Bombay plague: being a history of the progress of plague in the Bombay presidency from September 1896 to June 1899
Year: 1896
Disease focus: Plague
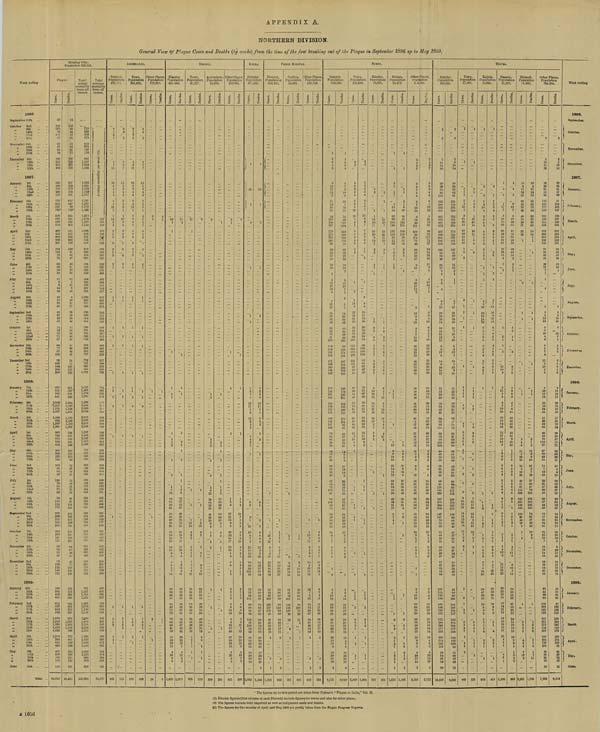
APPENDIX A.
NORTHERN DIVISION.
General View of Plague Cases and Deaths (by weeks) from the time of the first breaking out of the Plague in September 1896 up to May 1899.
Week ending
1896
September 25th
October 2nd
"
9th
"
16th
" 23rd
" 30th
November 6th
"
13th
"
20th
"
27th
December 4th
"
11th
"
18th
"
25th
1897.
January 1st
"
8th
" 15th
"
22nd
"
29th
February 5th
"
12th
"
19th
"
26th
March
5th
"
12th
"
19th
"
26th
April
2nd
" 9th
"
16th
" 23rd
"
30th
May
7th
"
14th
"
21st
"
28th
June
4th
" 11th
"
18th
"
25th
July
2nd
"
9th
"
16th
"
23rd
"
30th
August
6th
"
13th
"
20th
"
27th
September
3rd
"
10th
"
17th
"
24th
October
1st
" 8th
"
15th
"
22nd
"
29th
November 5th
"
12th
"
19th
"
26th
December 3rd
"
10th
"
17th
"
24th
"
31st
1898.
January 7th
"
14th
"
21st
"
28th
February 4th
"
11th
"
18th
"
25th
March
4th
" 11th
"
18th
"
25th
April
1st
"
8th
"
15th
"
29th
May
6th
"
13th
"
20th
" 27th
June
3rd
"
10th
" 17th
"
24th
July
1st
"
8th
"
15th
"
22nd
"
29th
August
5th
" 12th
"
19th
"
26th
September 2nd
"
9th
"
16th
"
30th
October
7th
"
14th
" 21st
"
28th
November 4th
"
11th
"
18th
"
25th
December 2nd
"
9th
"
16th
"
23rd
"
30th
1899.
January 6th
"
13th
"
20th
" 27th
February 3rd
"
10th
"
17th
"
24th
March
3rd
" 10th
"
17th
" 24th
"
31st
April
7th
"
14th
"
21st
" 28th
May
5th
" 12th
"
19th
"
26th
June
2nd
Total
Bombay City.
Population 806,144.
Plague.
Cases.
37
145
121
59
101
67
69
67
84
92
149
303
403
536
489
578
469
579
730
813
847
765*
676
648
474
499
445
362
266
227
161
109
79
75
60
59
53
28
17
6
8
14
24
19
12
23
40
43
37
43
58
71
54
72
71
67
64
77
87
103
99
103
164
206
296
375
551
765
841
1,096
1,217
1,201
1,077
1,248
924
1,247
1,065
965
738
678
568
454
306
209
133
168
103
81
98
47
126
79
60
75
82
76
116
114
175
228
209
215
255
268
290
161
111
96
76
51
47
59
119
119
147
151
198
284
432
631
611
837
842
942
1,078
1,242
1,338
1,429
1,033
1,015
754
622
493
407
398
260
176
118
55,016
Deaths.
14
103
86
44
63
64
62
54
61
75
107
224
295
357
326
373
493
401
617
847
89
730*
635
521
455
481
368
363
262
169
128
81
55
47
42
21
22
22
12
3
11
9
16
8
10
21
17
29
26
35
46
52
38
35
48
44
41
60
45
79
78
71
137
172
225
357
557
761
840
1,004
1,220
1,136
1,104
1,173
1,149
1,228
1,163
799
616
543
550
343
202
110
113
89
72
25
26
25
52
43
51
73
70
66
95
118
165
161
169
158
120
194
241
211
120
104
66
62
46
34
47
75
106
113
146
162
259
368
509
543
667
712
891
972
1,092
1,068
1,120
899
775
601
513
349
334
335
231
145
101
46,431
Total
actual
mortality
from all
causes.
715
596
655
675
655
676
707
799
837
1,197
1,566
1,852
1,666
1,729
1,740
1,577
1,797
1,835
1,772
1,525
1,370
1,276
1,111
1,099
983
934
745
683
610
543
513
530
535
553
530
520
534
590
609
687
935
1,038
933
977
848
796
840
914
854
760
781
762
792
746
703
699
691
707
702
717
818
888
1,001
1,118
1,423
1,706
1,726
1,999
2,140
2,046
2,059
2,088
2,105
2,333
2,144
1,707
1,404
1,245
1,009
803
672
595
630
566
518
464
463
485
483
512
564
625
624
693
730
811
819
874
799
960
983
955
737
695
661
622
602
589
656
694
719
775
812
981
1,157
1,314
1,523
1,622
1,734
1,746
2,148
2,309
2,412
2,316
2,356
2,257
1,826
1,635
1,436
1,142
1,088
1,135
968
829
638
147,981
Total
average
mortality
from all
causes.
Average mortality per week 555.
553
506
509
520
589
589
615
629
594
580
595
557
529
523
472
463
493
494
516
542
577
575
552
588
575
554
511
522
540
548
534
497
516
493
485
501
505
522
517
588
633
676
765
722
502
520
512
520
574
559
528
542
548
534
540
546
582
588
614
625
592
610
598
552
539
519
484
462
489
493
516
535
581
562
561
586
586
551
496
510
510
490
495
462
458
442
462
483
450
454
461
474
474
476
499
488
521
517
526
565
566
533
542
545
543
530
550
566
599
612
631
581
615
594
556
551
75,527
AHMaDABAD.
District.
Population
921,712.
Cases.
6
1
2
3
4
13
18
8
4
5
4
5
1
13
3
8
12
2
2
3
1
4
3
3
1
3
2
1
1
1
1
1
1
1
1
2
2
2
1
1
1
3
5
3
1
1
1
169
Deaths.
3
2
2
2
4
7
13
5
3
4
2
3
1
5
1
5
10
1
3
1
3
3
2
2
2
1
1
1
1
1
1
1
2
1
2
1
1
2
4
2
1
1
115
Town.
Population
148,412.
Cases.
6
1
2
3
4
13
18
8
4
5
4
5
1
13
3
2
9
2
3
1
4
3
3
1
3
2
1
1
1
1
1
1
1
1
1
2
2
1
1
1
5
3
1
1
155
Deaths.
3
2
2
2
4
7
13
5
3
4
2
3
1
5
1
2
7
2
1
3
1
3
2
2
2
1
1
1
1
1
1
1
1
1
2
1
1
1
3
2
1
1
106
Other Places
Population
773,300.
Cases.
6
3
1
1
2
1
14
Deaths.
3
3
1
1
1
9
District.
Population
341,490.
Cases.
16
1
1
1
1
1
1
1
1
3
2
1
2
1
7
12
16
64
38
51
58
65
39
25
21
21
18
16
18
14
14
6
6
4
8
8
24
29
38
46
53
54
42
75
73
73
44
58
41
58
41
28
26
11
4
26
9
3
1,425
Deaths.
11
1
1
1
1
1
1
1
1
1
1
2
8
12
37
32
37
48
43
31
15
20
15
15
9
11
11
10
4
5
1
6
11
6
21
25
33
36
45
39
32
61
64
54
40
47
23
34
33
25
13
7
4
13
8
3
1,073
BROACH.
Town.
Population
40,137.
Cases.
11
1
1
1
1
10
10
4
2
1
2
2
1
2
1
2
8
6
22
25
36
45
50
52
33
59
57
68
35
36
23
18
4
2
1
1
1
1
635
Deaths.
9
1
1
1
3
10
3
2
2
2
1
2
8
5
19
22
31
35
43
38
26
52
50
49
34
30
21
13
5
3
1
1
1
524
Ankleshvar.
Population
10,692.
Cases.
3
1
1
1
3
2
1
2
6
12
15
61
35
51
41
54
25
9
5
1
3
1
2
1
1
1
339
Deaths.
1
1
1
1
1
1
1
1
8
11
35
29
37
37
36
21
6
5
3
5
1
1
1
1
1
250
Other Places.
Population
290,661.
Cases.
2
1
1
1
1
1
3
2
17
11
13
6
6
16
13
15
17
10
12
5
4
3
6
1
2
3
2
1
3
2
8
16
16
5
9
22
17
40
37
26
25
10
3
26
8
3
451
Deaths.
2
1
1
1
1
2
2
11
7
9
6
6
9
8
9
10
8
9
2
4
1
4
3
1
2
2
2
1
2
1
6
8
14
5
6
17
1
21
28
22
13
6
3
13
7
3
299
KAIRA.
District.
Population
871,589.
Cases.
1
2
1
1
1
1
2
4
8
13
11
1
2
13
3
2
3
1
4
2
1
1
3
2
3
1
11
10
8
7
4
15
10
16
29
70
44
83
125
51
73
72
64
111
80
88
88
92
83
105
84
83
84
55
53
14
2,082
Deaths.
10
2
1
1
2
4
8
13
11
1
2
2
3
2
1
2
2
1
2
7
9
8
6
4
12
9
9
24
51
44
53
59
87
74
64
57
81
74
75
76
57
39
48
10
2
1,599
PANCH MAHA'LS.
District.
Population
313,417.
Cases.
1
1
13
9
15
6
6
13
16
13
48
43
53
52
62
129
122
137
95
30
16
2
1
1,213
Deaths.
1
1
7
7
8
5
7
11
12
37
27
34
36
52
79
92
119
98
62
17
17
11
3
862
Godhra.
Population
14,691.
Cases.
1
1
1
8
3
28
41
107
125
28
761
Deaths.
1
1
6
2
19
26
29
64
79
108
78
22
1
538
Other Places.
Population
298,726.
Cases.
1
1
12
8
15
6
1
6
5
13
3
21
14
15
12
7
3
22
16
12
34
67
25
30
16
1
1
452
Deaths.
1
1
6
6
8
5
2
7
5
10
5
15
12
8
8
7
2
15
13
11
20
40
39
23
17
17
10
5
3
324
SURAT.
District.
Population
649,989.
Cases.
1
2
6
5
8
6
10
11
12
9
11
14
30
83
84
150
186
267
270
273
269
120
80
49
29
27
18
10
18
1
5
27
17
12
4
1
11
12
35
30
45
56
35
53
79
81
208
154
308
244
151
171
166
165
125
162
170
136
161
146
165
164
175
191
196
137
107
103
76
65
61
19
25
19
12
21
28
29
16
20
22
52
65
72
106
97
84
106
68
74
53
59
30
15
15
24
9
1
7
4
7
4
2
2
13
18
22
70
39
21
31
34
29
15
22
10
12
9
10
30
19
4
8,121
Deaths.
1
2
5
5
8
4
7
9
10
8
10
7
19
51
75
89
157
204
216
202
203
116
56
37
28
20
19
12
10
2
1
11
13
7
1
2
5
5
14
26
26
42
40
20
39
66
105
95
159
174
124
107
141
116
107
143
118
126
121
132
125
143
91
67
40
23
17
14
6
8
9
21
10
14
8
33
43
75
85
57
73
57
52
31
56
23
18
10
17
9
1
3
3
4
2
1
2
10
33
37
19
21
17
14
18
4
8
15
4
6,019
Town.
Population
108,693.
Cases.
2
2
2
3
3
4
3
6
5
12
13
8
3
1
8
6
6
4
9
2
1
1
2
1
11
9
22
22
35
35
25
48
78
64
165
113
292
216
122
131
101
87
59
85
87
64
64
47
69
72
61
92
95
51
44
41
12
6
18
6
4
2
1
2
l
1
2
1
1
2
1
1
2
2
3
2
1
1
2,699
Deaths.
1
1
2
3
4
2
1
7
13
5
1
5
5
6
4
3
1
1
1
2
5
4
10
17
16
26
29
22
38
56
83
69
143
149
102
82
84
62
47
53
72
51
47
40
58
45
55
70
80
63
43
31
18
11
10
6
2
1
1
1
1
1
1
1
1
1
2
2
2
2
1
1
1
1,904
Ránder.
Population
10,921.
Cases.
1
3
1
1
14
10
11
25
26
8
14
2
2
2
1
1
1
1
3
6
2
4
5
2
2
5
7
4
3
2
6
7
5
13
10
12
15
11
21
29
10
15
5
7
7
8
2
1
1
355
Deaths.
1
1
14
10
7
16
24
11
10
3
3
1
1
4
5
2
3
4
2
1
6
3
4
1
6
5
6
9
7
10
9
9
16
22
16
9
2
11
3
1
1
301
Bulsár.
Population
14,472.
Cases.
1
1
1
1
1
1
1
15
54
62
89
128
144
137
143
84
31
26
7
9
2
1
1
2
1
1
1
1
10
6
9
19
19
23
14
19
12
33
31
58
60
50
46
62
21
17
8
7
4
1
1
1
6
1
7
1
1
1,512
Deaths.
1
1
1
1
1
1
6
30
54
49
124
115
109
102
69
31
24
9
5
5
4
5
3
6
6
15
6
14
6
17
20
38
46
43
28
41
21
4
7
6
1
1
1
3
1
1
6
1
1
1,102
Other Places.
Population
5.5,903.
Cases.
2
4
3
7
3
6
7
5
4
8
7
10
16
8
39
45
111
100
98
171
71
43
38
17
25
17
8
15
5
26
17
12
2
3
13
8
9
18
4
3
1
13
38
39
14
23
22
36
62
76
60
70
78
58
86
86
81
81
93
70
91
55
57
51
41
12
11
11
3
2
9
6
2
10
18
34
12
45
46
38
44
46
54
45
51
25
14
15
24
9
1
7
4
5
5
4
1
1
2
4
11
15
22
68
39
20
36
28
26
26
15
19
9
8
2
26
18
3
8,555
Deaths.
2
4
3
7
3
5
6
4
4
6
5
10
13
8
21
19
81
86
71
117
71
27
24
19
15
18
11
9
1
1
10
13
7
1
1
4
9
6
12
6
1
1
7
18
24
15
19
19
21
56
45
63
49
65
58
72
71
65
71
54
51
79
62
46
51
43
45
27
16
11
9
3
2
3
6
4
1
15
23
11
28
41
29
32
36
47
24
50
22
16
10
17
8
1
3
3
4
3
2
2
2
8
13
31
37
18
26
18
16
16
14
16
4
5
2
8
22
12
15
3
2,712
THA'NA.
District.
Population
819,580.
Cases.
2
2
2
14
11
20
50
49
78
80
113
152
206
305
307
265
309
301
373
437
369
301
281
195
154
84
85
40
21
17
8
4
2
3
4
6
5
22
29
19
28
24
18
10
21
12
13
8
3
13
6
14
6
28
14
17
11
33
24
25
36
24
40
41
64
52
49
114
69
74
88
138
103
84
45
73
52
38
21
26
45
85
91
126
160
233
287
378
250
224
147
127
76
71
50
52
40
29
11
29
39
29
27
17
47
33
44
84
105
114
133
144
166
186
193
171
175
284
299
177
238
205
214
135
112
58
84
54
30
12,490
Deaths.
2
2
2
6
10
14
40
38
58
62
81
124
150
261
253
234
263
269
305
373
314
231
221
135
142
61
69
26
14
12
6
1
1
1
3
7
17
21
10
24
21
10
7
16
9
10
6
3
13
2
10
7
19
9
13
11
21
21
16
27
29
27
33
42
88
51
47
69
96
89
69
38
52
49
32
14
14
34
64
64
117
152
188
274
193
172
106
96
68
48
45
47
37
34
11
19
27
34
22
16
32
53
91
89
99
125
144
143
165
127
259
157
208
160
183
84
44
21
9,929
Town.
Population
17,455.
Cases.
1
1
1
1
2
5
25
3
21
12
28
16
11
11
11
1
4
2
2
1
1
1
1
1
1
1
1
2
2
7
9
5
3
1
1
1
1
1
3
1
9
8
35
22
25
14
13
12
16
13
7
6
2
6
1
1
2
1
3
3
5
4
4
7
1
1
1
2
489
Deaths.
1
1
2
1
1
3
9
1
1
10
25
14
16
12
7
8
5
2
1
1
1
1
1
1
1
1
1
2
1
4
3
3
1
3
1
1
1
2
1
5
7
19
17
19
12
11
8
11
15
12
7
9
1
7
1
2
2
3
4
3
5
1
1
1
1
335
Kalyán.
Population
11,685.
Cases.
1
2
2
1
4
16
6
3
4
5
4
4
3
6
2
4
3
1
2
1
2
1
4
5
16
19
15
14
12
7
5
5
6
6
3
2
4
2
3
1
4
2
1
1
1
1
1
3
1
1
2
3
7
4
1
7
6
3
3
1
7
6
12
29
39
47
29
23
19
8
8
2
1
3
2
1
4
2
2
1
1
506
Deaths.
1
October.
2
1
1
5
8
4
3
5
3
2
2
4
4
1
3
2
1
1
1
2
7
14
14
8
13
11
4
5
4
5
5
4
1
5
2
2
1
3
1
1
1
1
1
2
1
1
1
3
1
6
3
1
6
3
5
1
1
5
7
12
20
30
39
25
21
19
8
7
3
3
1
4
2
2
1
l
414
Bassein.
Population
11,291.
Cases.
1
4
6
2
17
7
8
24
64
30
44
50
81
37
55
23
14
4
2
5
2
1
1
2
11
10
8
5
11
5
5
6
7
10
20
23
16
14
43
12
17
12
14
9
1
2
8
9
6
5
4
4
8
4
2
6
4
4
4
1
2
6
3
1
1
3
1
1
1
4
12
6
11
11
11
22
23
23
15
21
30
14
21
12
12
16
18
13
15
12
4
4
1
4
3
1
1,198
Deaths.
1
4
2
3
12
7
4
16
54
17
32
35
56
28
54
13
14
2
2
1
1
1
2
1
1
2
9
7
6
5
8
6
3
4
7
6
14
15
16
12
30
13
14
8
11
10
1
1
7
8
6
4
3
3
5
4
3
4
4
2
5
1
5
3
1
2
1
2
1
1
1
2
11
6
6
10
7
15
18
19
13
22
27
13
20
12
12
14
19
12
15
10
2
4
1
1
3
3
2
965
Bhiwndi.
Population
14,387.
Cases.
10
9
11
26
23
36
42
70
43
40
74
29
37
22
13
1
3
1
1
1
1
3
9
6
15
3
22
20
18
8
10
23
48
51
67
115
209
243
301
182
155
108
93
42
19
8
8
1
2
1
3
2
3
5
4
3
4
7
12
9
2,335
Deaths.
10
3
11
14
15
31
35
72
44
38
65
29
32
18
10
1
1
1
1
1
1
1
1
3
7
4
12
3
9
19
11
5
7
16
37
30
47
76
132
156
216
142
113
72
68
37
10
13
10
2
2
1
1
3
2
6
3
1
3
8
7
11
1,741
Other Places.
Population
764,834.
Cases.
2
2
13
11
20
39
38
61
53
82
113
153
177
249
211
186
214
256
353
293
234
186
143
95
56
69
33
19
16
7
2
1
4
5
8
4
12
12
5
5
16
4
6
4
1
7
4
11
4
12
2
8
4
20
17
19
30
16
28
21
41
36
33
64
48
52
70
112
87
67
39
43
22
14
7
12
15
29
35
57
39
10
32
37
44
39
19
17
20
25
22
31
22
16
7
15
28
14
18
16
29
16
21
33
42
44
89
98
115
164
161
154
162
257
273
156
207
192
204
125
105
49
68
85
53
30
7,862
Deaths.
2
2
5
10
14
29
33
41
47
63
91
104
160
197
188
167
196
202
320
258
184
152
101
88
42
53
24
12
10
5
3
5
2
10
10
4
12
3
4
2
2
6
8
5
6
1
6
4
11
13
12
23
21
19
19
27
31
23
54
35
30
57
75
75
56
33
36
21
15
4
4
13
22
29
42
37
10
23
34
33
37
16
14
21
24
13
24
20
19
8
5
22
17
15
15
17
15
21
18
43
31
61
80
97
122
136
112
130
203
232
140
178
150
175
100
78
42
58
72
42
21
6,474
Week ending
1896.
September.
November.
December.
1897.
January.
February.
March.
April.
May.
June.
July.
August.
September.
October.
November.
December.
1898.
January.
February.
March.
April.
May.
June.
July.
August.
September.
October.
November.
December.
1899.
January.
February.
March.
April.
May.
June.
* The figures up to this period are taken from Nathan's "Plague in India," Vol. II.
(1) District figures (first column of each District) include figures for towns and also for other places.
(2) The figures include both imported as well as indigenous cases and deaths.
(3) The figures for the months of April and May 1899 are partly taken from the Plague Progress Reports.
B 1656